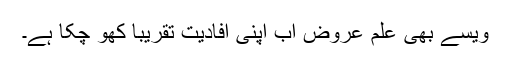
ویسے بھی علم عروض اب اپنی افادیت تقریبا کھو چکا ہے۔